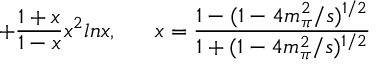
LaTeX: + \frac { 1 + x } { 1 - x } x ^ { 2 } l n x , ~ ~ ~ ~ ~ x = \frac { 1 - ( 1 - 4 m _ { \pi } ^ { 2 } / s ) ^ { 1 / 2 } } { 1 + ( 1 - 4 m _ { \pi } ^ { 2 } / s ) ^ { 1 / 2 } }